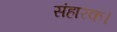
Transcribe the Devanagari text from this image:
संहारक।